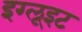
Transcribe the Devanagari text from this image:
इग्लूइट